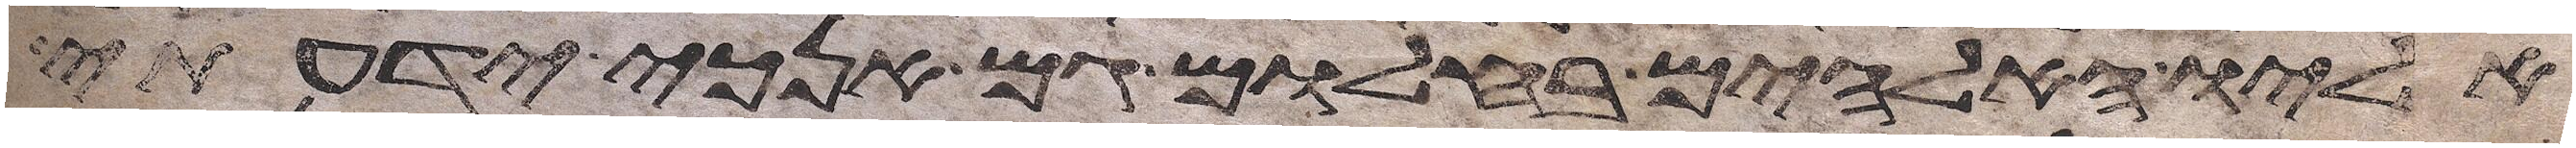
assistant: אליו האלהים בחלום גם אנכי ידעתי